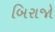
બિરાજો